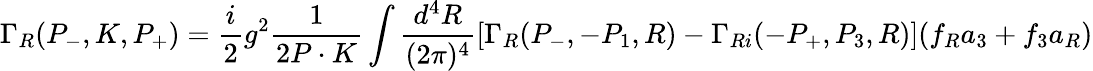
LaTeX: \Gamma_{R}(P_{-},K,P_{+})=\frac{i}{2}g^{2}\frac{1}{2P\cdot K}\int\frac{d^{4}R}{(2\pi)^{4}}[\Gamma_{R}(P_{-},-P_{1},R)-\Gamma_{Ri}(-P_{+},P_{3},R)](f_{R}a_{3}+f_{3}a_{R})